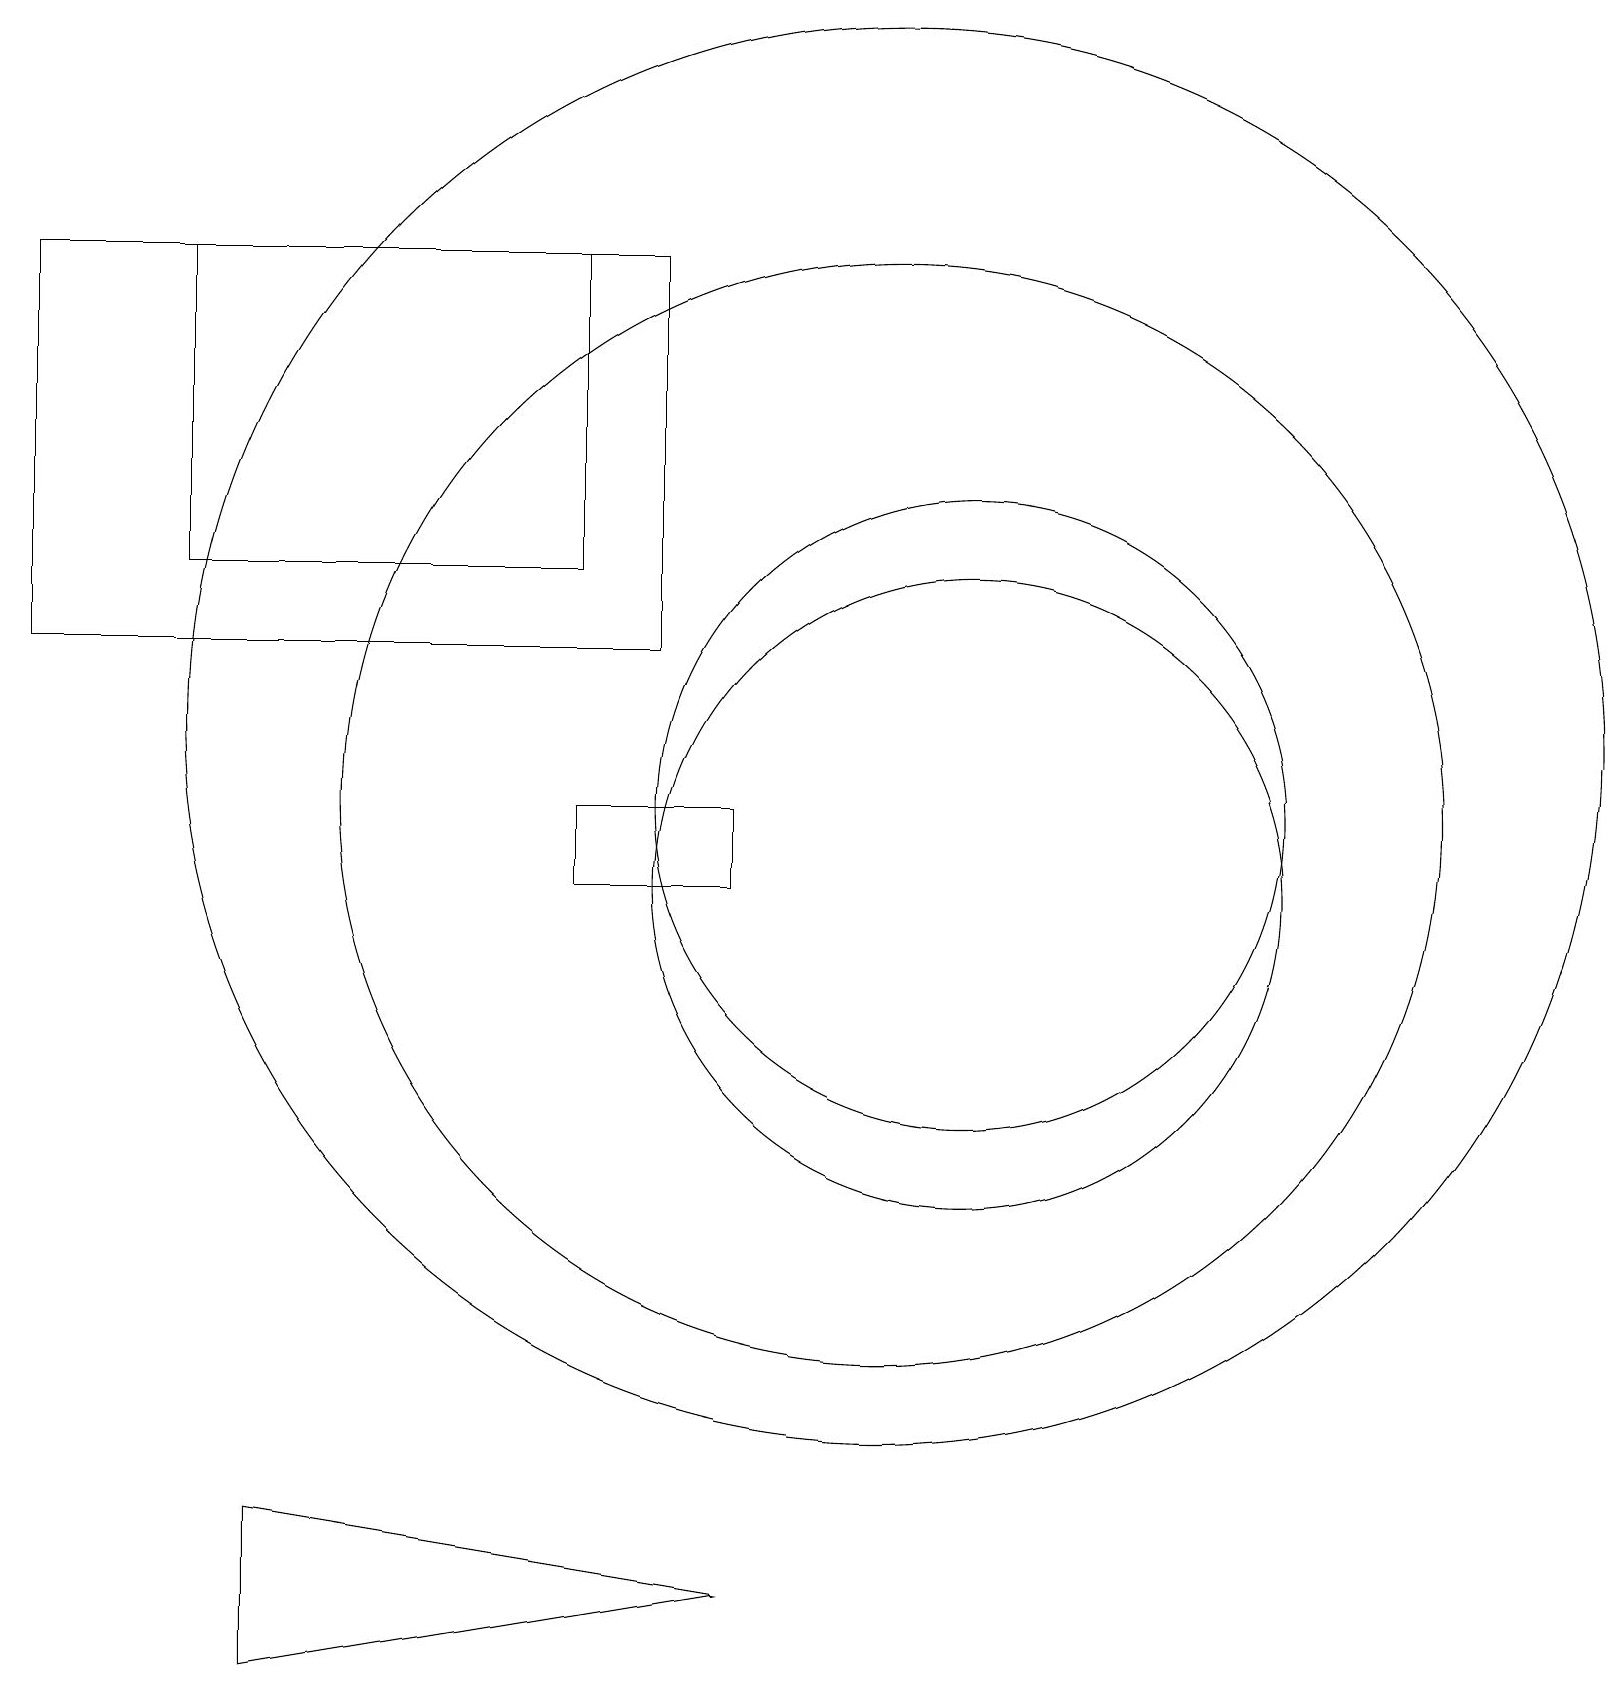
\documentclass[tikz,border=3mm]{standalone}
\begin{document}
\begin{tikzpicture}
\draw (3,0) -- (3,2) -- (9,1) -- cycle;
\draw (2,18) rectangle (7,14);
\draw (12,10) circle (4);
\draw (0,13) rectangle (8,18);
\draw (9,11) rectangle (7,10);
\draw (11,11) circle (7);
\draw (12,11) circle (4);
\draw (11,12) circle (9);
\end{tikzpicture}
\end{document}